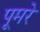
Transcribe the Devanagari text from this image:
पूमरे